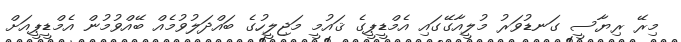
މިރޭ ރިޔާސީ ގަނޑުވަރު މުލީއާގޭގައި އެމްޑީޕީގެ ޤައުމީ މަޖިލީހުގެ ބައްދަލުވުމެއް ބޭއްވުމުން އެމްޑީޕީއަށް